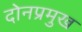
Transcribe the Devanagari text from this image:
दोनप्रमुख